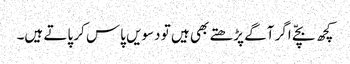
کچھ بچّے اگر آگے پڑھتے بھی ہیں تو دسویں پاس کر پاتے ہیں۔